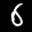
Label: 6